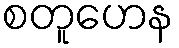
စတူဟေန